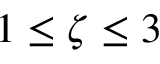
1 \leq \zeta \leq 3